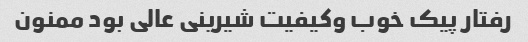
رفتار پیک خوب وکیفیت شیرینی عالی بود ممنون